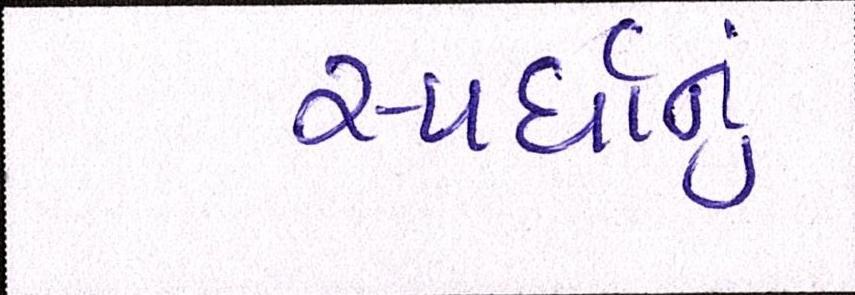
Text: સ્પર્ધાનું